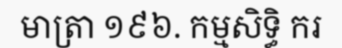
មាត្រា ១៩៦. កម្មសិទ្ធិ ករ